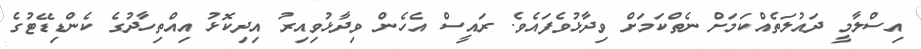
އިސްލާމީ ދައުލަތެއްކަމަށް ނެތްކަމަށް ވިދާޅުވެފައެވެ. ރައީސް އެހެން ވިދާޅުވިއިރު އިދިކޮޅު އިއްތިހާދުގެ ކެންޑިޑޭޓުގެ